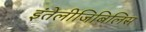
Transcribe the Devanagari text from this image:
इंतेलीजिबिलिस